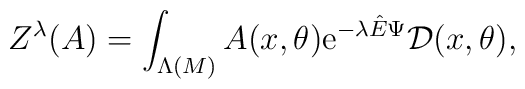
Z^{\lambda}(A)=\int_{\Lambda(M)}A(x,\theta){\rm e}^{-\lambda{\hat E}\Psi}{\cal  D}(x,\theta),